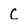
Character: C